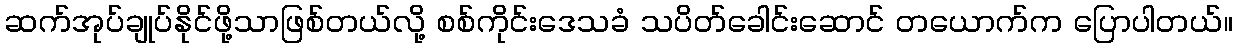
ဆက်အုပ်ချုပ်နိုင်ဖို့သာဖြစ်တယ်လို့ စစ်ကိုင်းဒေသခံ သပိတ်ခေါင်းဆောင် တယောက်က ပြောပါတယ်။